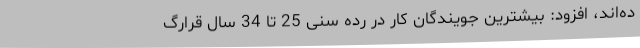
ده‌اند، افزود: بیشترین جویندگان کار در رده سنی 25 تا 34 سال قرارگ